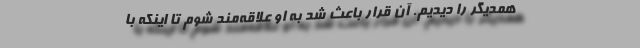
همدیگر را دیدیم. آن قرار باعث شد به او علاقه‌مند شوم تا اینکه با